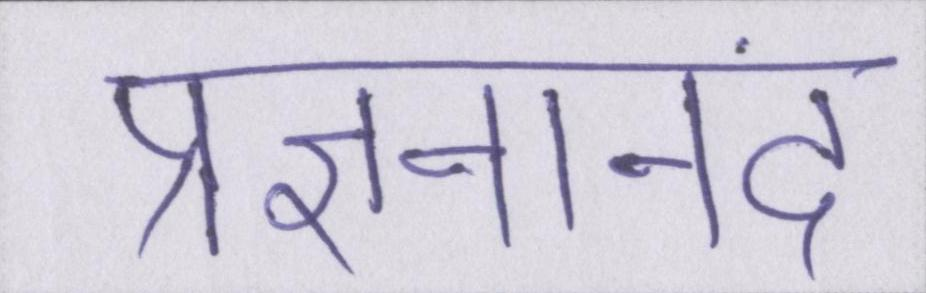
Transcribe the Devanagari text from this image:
प्रज्ञनानंद